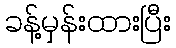
ခန့်မှန်းထားပြီး